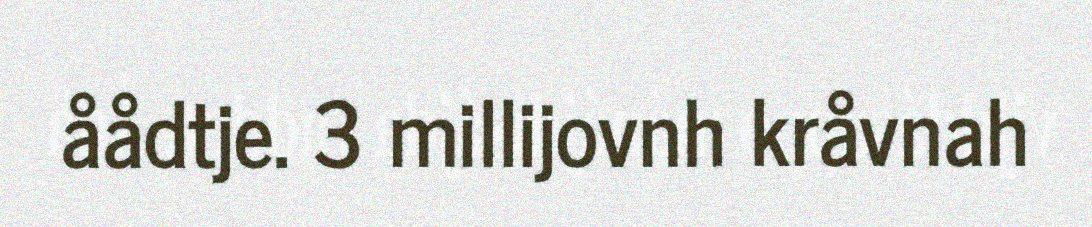
åådtje. 3 millijovnh kråvnah